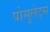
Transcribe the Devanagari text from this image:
पोसुलेट्स